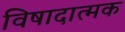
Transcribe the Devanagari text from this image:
विषादात्मक